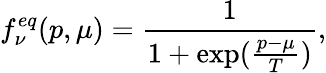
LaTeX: f_{\nu}^{eq}(p,\mu)=\frac{1}{1+\exp(\frac{p-\mu}{T})},